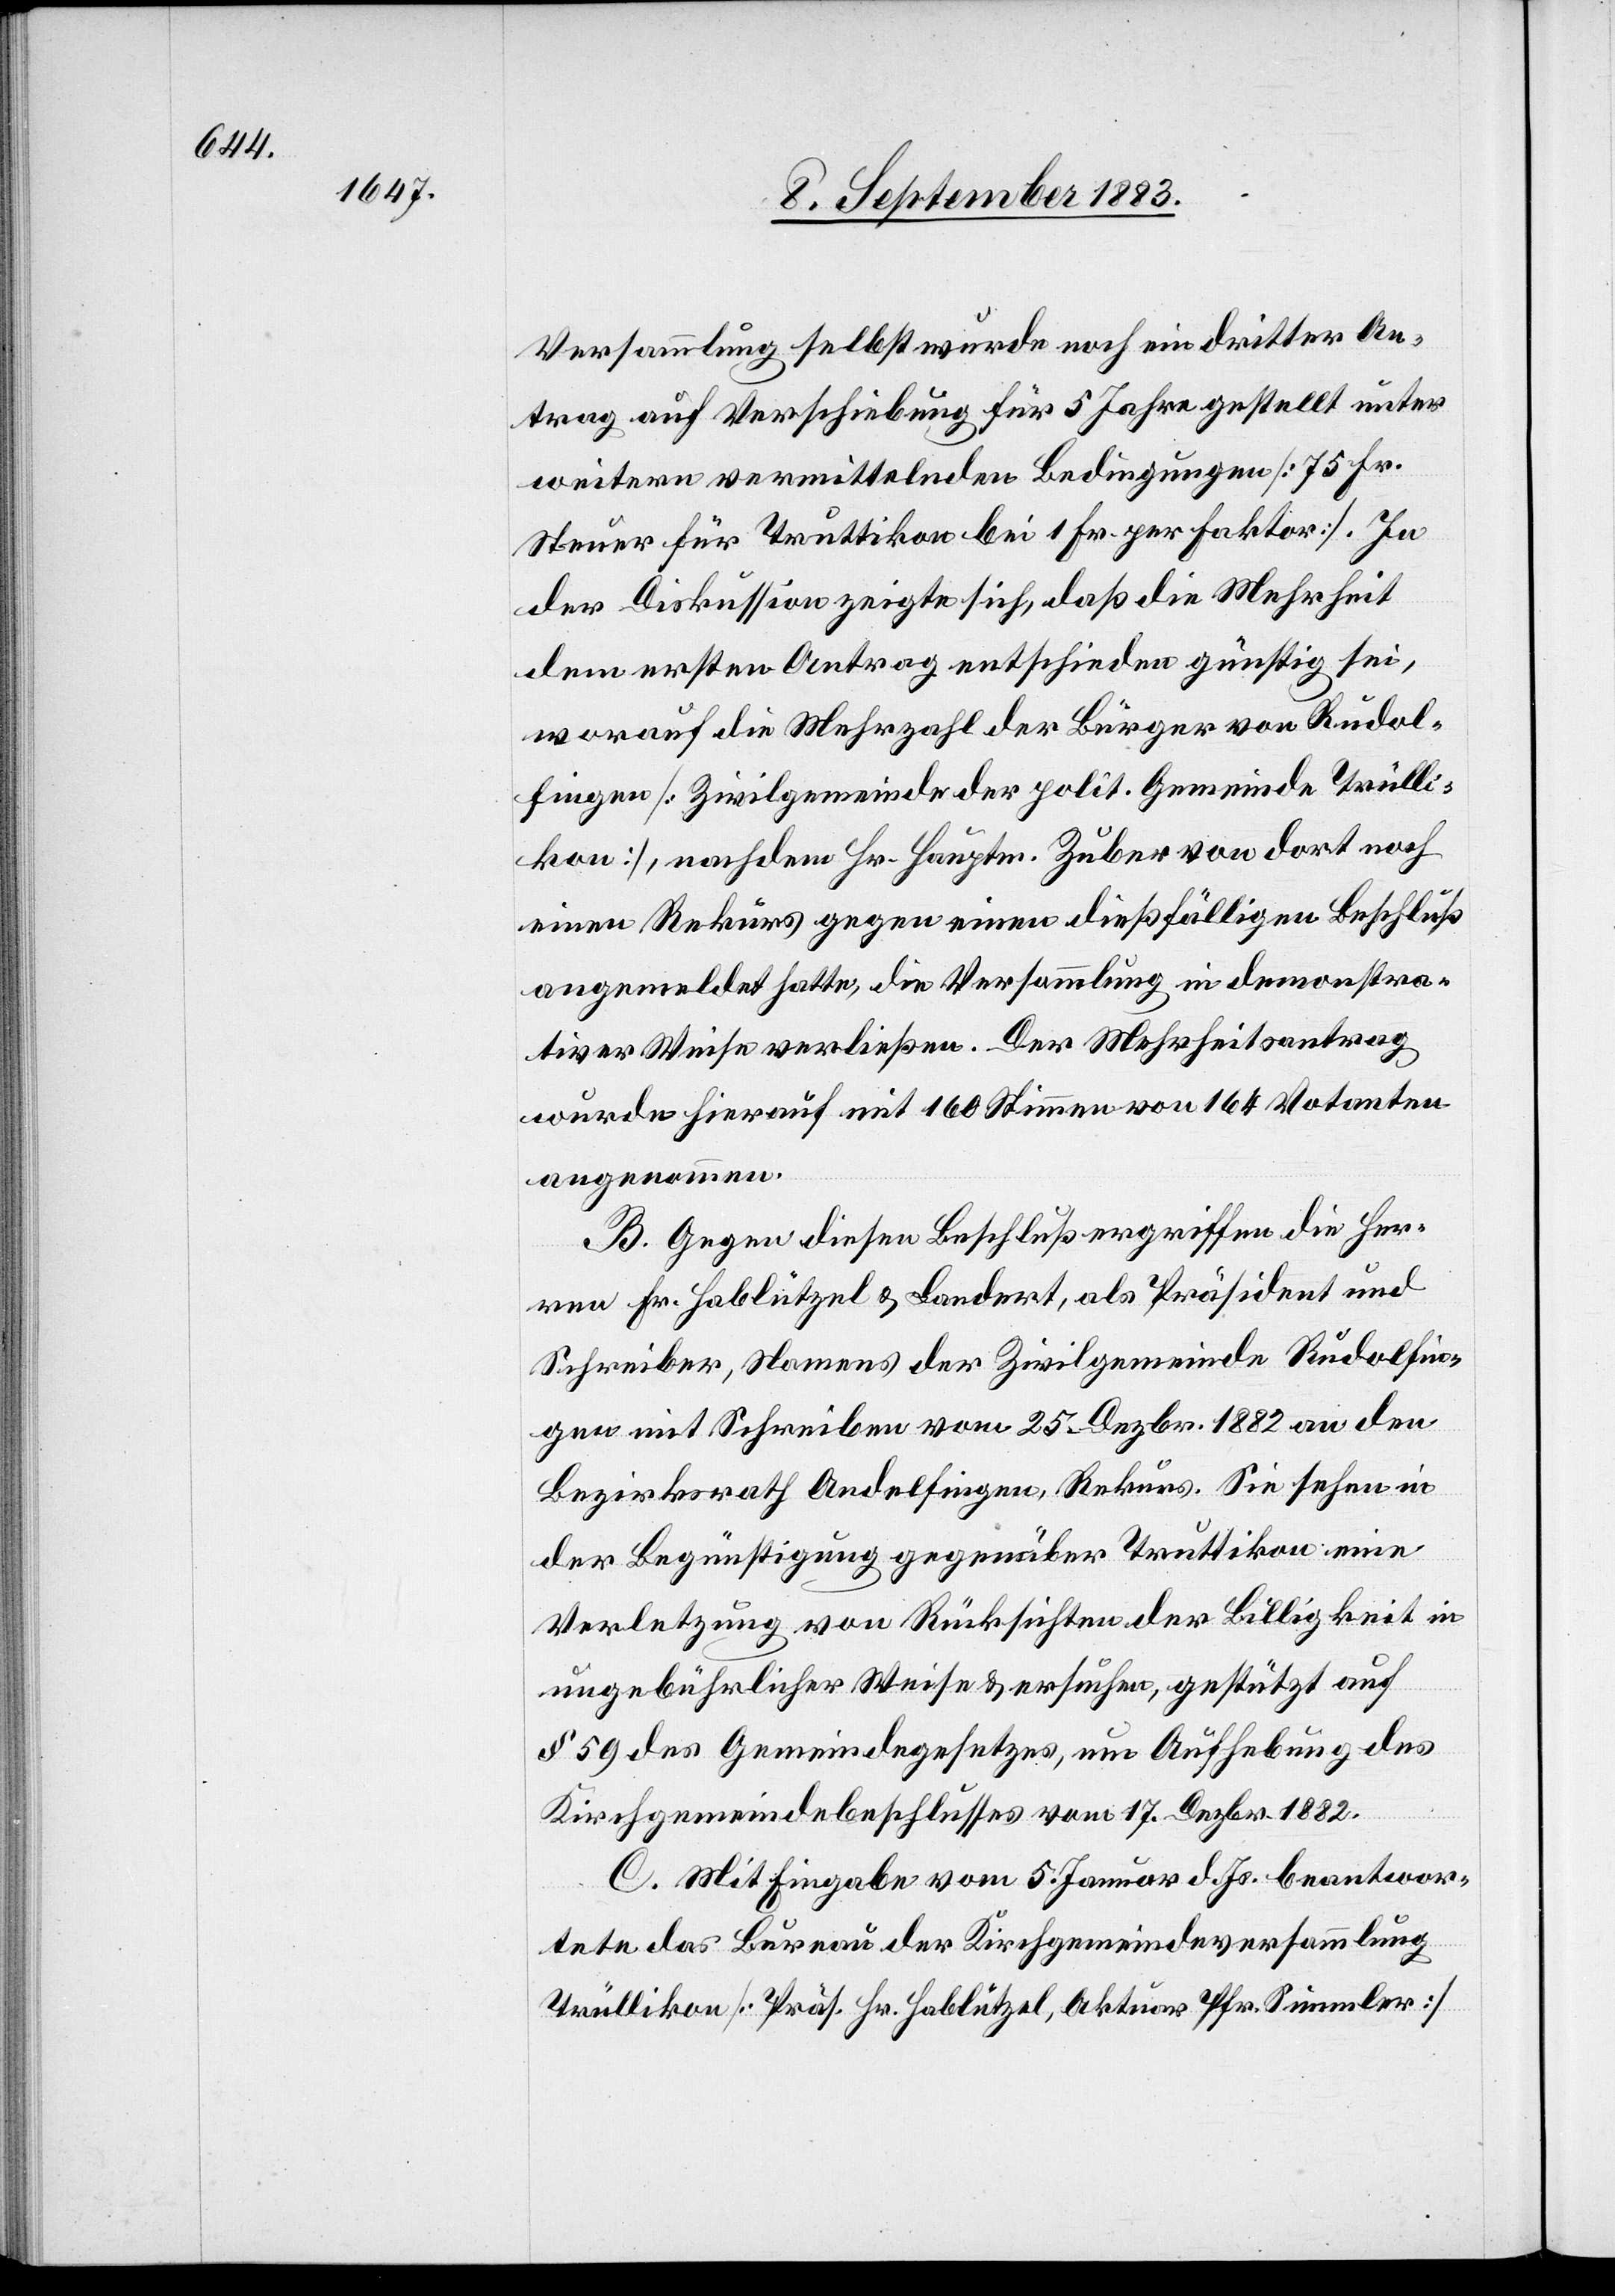
Versammlung selbst wurde noch ein dritter An¬
trag auf Verschiebung für 5 Jahre gestellt unter
weitern vermittelnden Bedingungen [75 Fr.
Steuer für Truttikon bei 1 Fr. per Faktor]. In
der Diskussion zeigte sich, daß die Mehrheit
dem ersten Antrag entschieden günstig sei,
worauf die Mehrzahl der Bürger von Rudol¬
fingen [Zivilgemeinde der polit. Gemeinde Trülli¬
kon], nachdem Hr. Hauptm. Zuber von dort noch
einen Rekurs gegen einen dießfälligen Beschluß
angemeldet hatte, die Versammlung in demonstra¬
tiver Weise verließen. Der Mehrheitsantrag
wurde hierauf mit 160 Stimmen von 164 Votanten
angenommen.
B. Gegen diesen Beschluß ergriffen die Her¬
ren Hr. Hablützel & Landert, als Präsident und
Schreiber, Namens der Zivilgemeinde Rudolfin¬
gen mit Schreiben vom 25. Dezbr. 1882 an den
Bezirksrath Andelfingen, Rekurs. Sie sehen in
der Begünstigung gegenüber Truttikon eine
Verletzung von Rücksichten der Billigkeit in
ungebührlicher Weise & ersuchen, gestützt auf
§ 59 des Gemeindegesetzes, um Aufhebung des
Kirchgemeindebeschlusses vom 17. Dezbr 1882.
C. Mit Eingabe vom 5. Januar d. Js. beantwor¬
tete das Bureau der Kirchgemeindeversammlung
Trüllikon [Präs. Hr. Hablützel, Aktuar Pfr. Simmler]